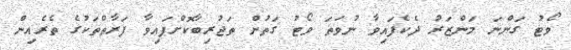
ވޯޓު ގަންނަ މަންޒަރު ދެކެފައިވާ ނުވަތަ ވޯޓު ގަތުން ތަޖުރިބާކޮށްފައިވާ ފަރާތްތަކުގެ ތެރެއިން